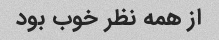
از همه نظر خوب بود